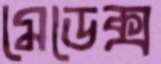
মেডেক্স